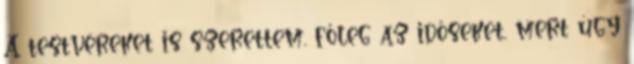
A testvéreket is szerettem, főleg az időseket, mert úgy